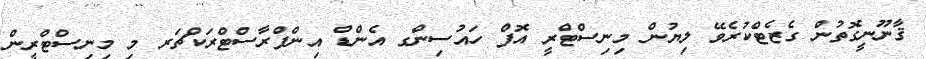
ޤާނޫނީގޮތުން ގެޒެޓްކުރެވޭ ލިޔުން މިނިސްޓްރީ އޮފް ހައުސިންގ އެންޑް އިންފްރާސްޓްރަކްޗަރ މި މިނިސްޓްރީން